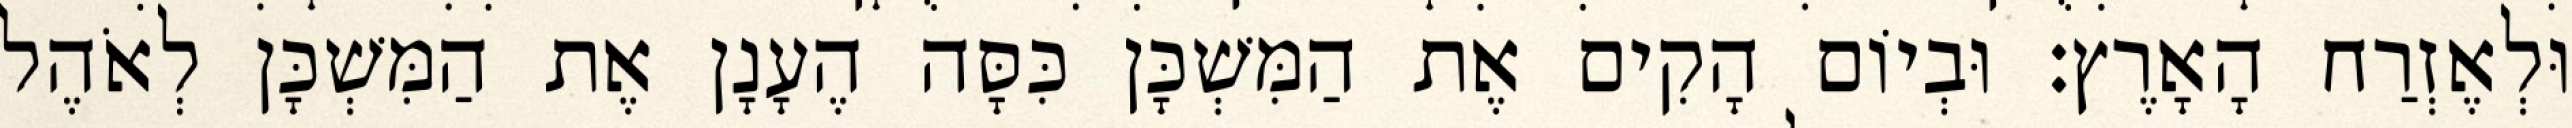
וּלְאֶזְרַח הָאָרֶץ׃ וּבְיוֹם הָקִים אֶת הַמִּשְׁכָּן כִּסָּה הֶעָנָן אֶת הַמִּשְׁכָּן לְאֹהֶל